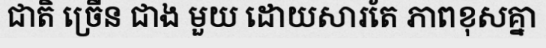
ជាតិ ច្រើន ជាង មួយ ដោយសារតែ ភាពខុសគ្នា